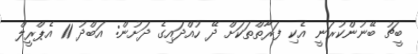
ބީޗު ބޭނުންކުރަނީ އެކި ފަރާތްތަކަށް ދޭ ހުއްދައިގެ ދަށުން: އަބްދު 11 އެޕްރީލް